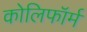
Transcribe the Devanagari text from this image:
कोलिफॉर्म